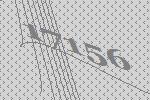
17156